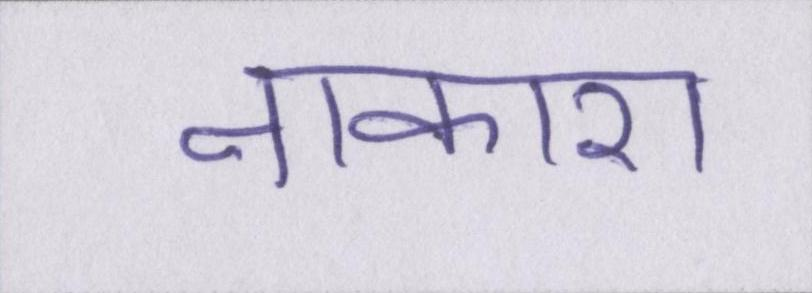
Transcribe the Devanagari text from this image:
नाकारा